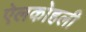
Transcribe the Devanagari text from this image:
ऐलकोहली